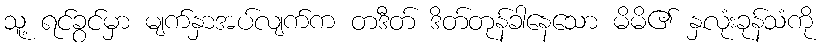
သူ့ ရင်ခွင်မှာ မျက်နှာအပ်လျက်က တဒီတ် ဒိတ်တုန်ခါနေသော မိမိ၏ နှလုံးခုန်သံကို